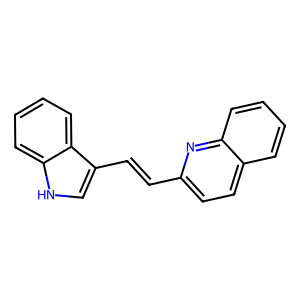
SMILES: C(=Cc1c[nH]c2ccccc12)c1ccc2ccccc2n1
Inhibits HIV replication: No